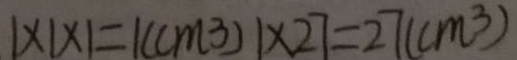
1 \times 1 \times 1 = 1 ( c m ^ { 3 } ) 1 \times 2 7 = 2 7 ( c m ^ { 3 } )